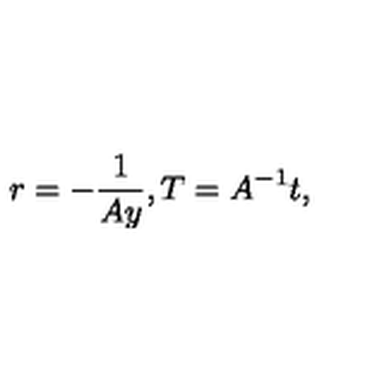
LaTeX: r = - \frac { 1 } { A y } , T = A ^ { - 1 } t ,